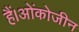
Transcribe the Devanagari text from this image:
हैं।ओंकोजीन